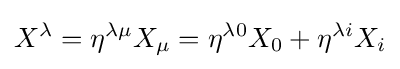
X^{\lambda }=\eta ^{\lambda \mu }X_{\mu }=\eta ^{\lambda 0}X_{0}+\eta ^{\lambda i}X_{i}